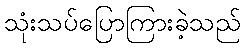
သုံးသပ်ပြောကြားခဲ့သည်